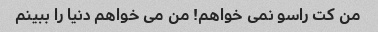
من کت راسو نمی خواهم! من می خواهم دنیا را ببینم